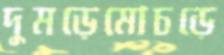
দুমড়েমোচড়ে